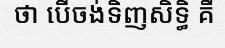
ថា បើចង់ទិញសិទ្ធិ គឺ